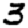
Digit: 3